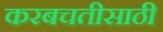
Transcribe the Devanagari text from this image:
करबचतीसाठी